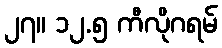
၂၇။ ၁၂.၅ ကီလိုဂရမ်